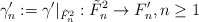
\begin{align*}\gamma'_n:=\gamma'|_{\tilde{F}^2_n}: \tilde{F}^2_n \rightarrow F'_n,n\geq 1\end{align*}